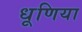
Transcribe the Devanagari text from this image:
धूणिया